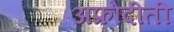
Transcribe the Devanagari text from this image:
अफ्रोदीती